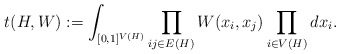
\begin{align*}t(H, W) := \int_{[0,1]^{V(H)}} \prod_{ij \in E(H)} W(x_i,x_j)\prod_{i \in V(H)} dx_i.\end{align*}